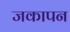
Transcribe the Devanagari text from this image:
जकापन